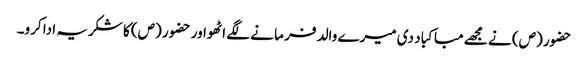
حضور (ص) نے مجھے مبا کبا د دی میرے والد فر ما نے لگے اٹھواور حضو ر (ص) کا شکریہ ادا کرو۔